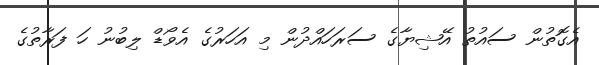
އެގޮތުން ސައުތު އޭޝިޔާގެ ސަރަހައްދުން މި އަހަރުގެ އެވޯޑް ލިބުނު ހަ ފަރާތުގެ